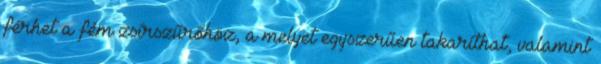
férhet a fém zsírszűrőhöz, a melyet egyszerűen takaríthat, valamint